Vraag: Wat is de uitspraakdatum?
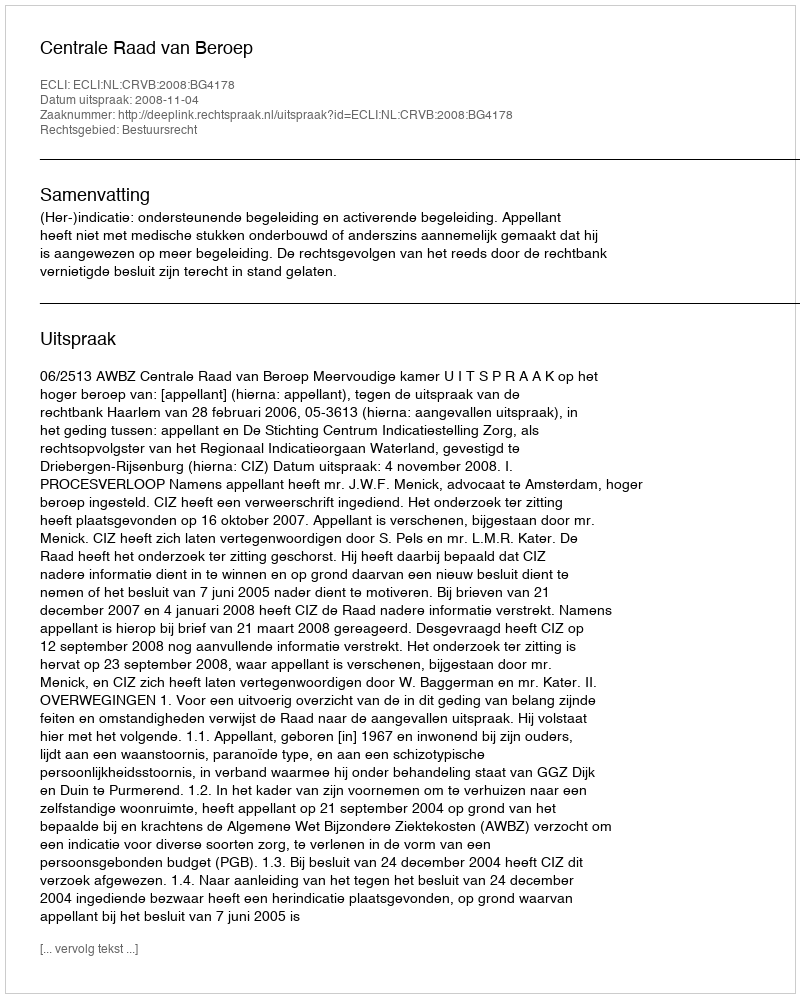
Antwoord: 2008-11-04